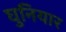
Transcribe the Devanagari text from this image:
घुनियार